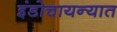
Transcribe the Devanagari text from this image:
इंडोचायन्यात